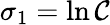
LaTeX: \sigma_{1}=\ln\mathcal{C}